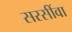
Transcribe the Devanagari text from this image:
सरसींवा